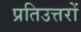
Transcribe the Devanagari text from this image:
प्रतिउत्तरों